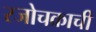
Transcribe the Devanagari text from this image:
रजोचक्राची